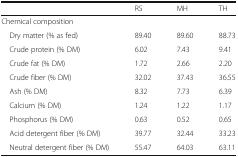
<table><thead><tr><td></td><td><b>RS</b></td><td><b>MH</b></td><td><b>TH</b></td></tr></thead><tbody><tr><td colspan="4">Chemical composition</td></tr><tr><td> Dry matter (% as fed)</td><td>89.40</td><td>89.60</td><td>88.73</td></tr><tr><td> Crude protein (% DM)</td><td>6.02</td><td>7.43</td><td>9.41</td></tr><tr><td> Crude fat (% DM)</td><td>1.72</td><td>2.66</td><td>2.20</td></tr><tr><td> Crude fiber (% DM)</td><td>32.02</td><td>37.43</td><td>36.55</td></tr><tr><td> Ash (% DM)</td><td>8.32</td><td>7.73</td><td>6.39</td></tr><tr><td> Calcium (% DM)</td><td>1.24</td><td>1.22</td><td>1.17</td></tr><tr><td> Phosphorus (% DM)</td><td>0.63</td><td>0.52</td><td>0.65</td></tr><tr><td> Acid detergent fiber (% DM)</td><td>39.77</td><td>32.44</td><td>33.23</td></tr><tr><td> Neutral detergent fiber (% DM)</td><td>55.47</td><td>64.03</td><td>63.11</td></tr></tbody></table>